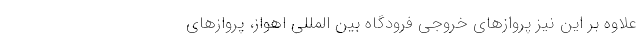
علاوه بر این نیز پروازهای خروجی فرودگاه بین المللی اهواز، پروازهای